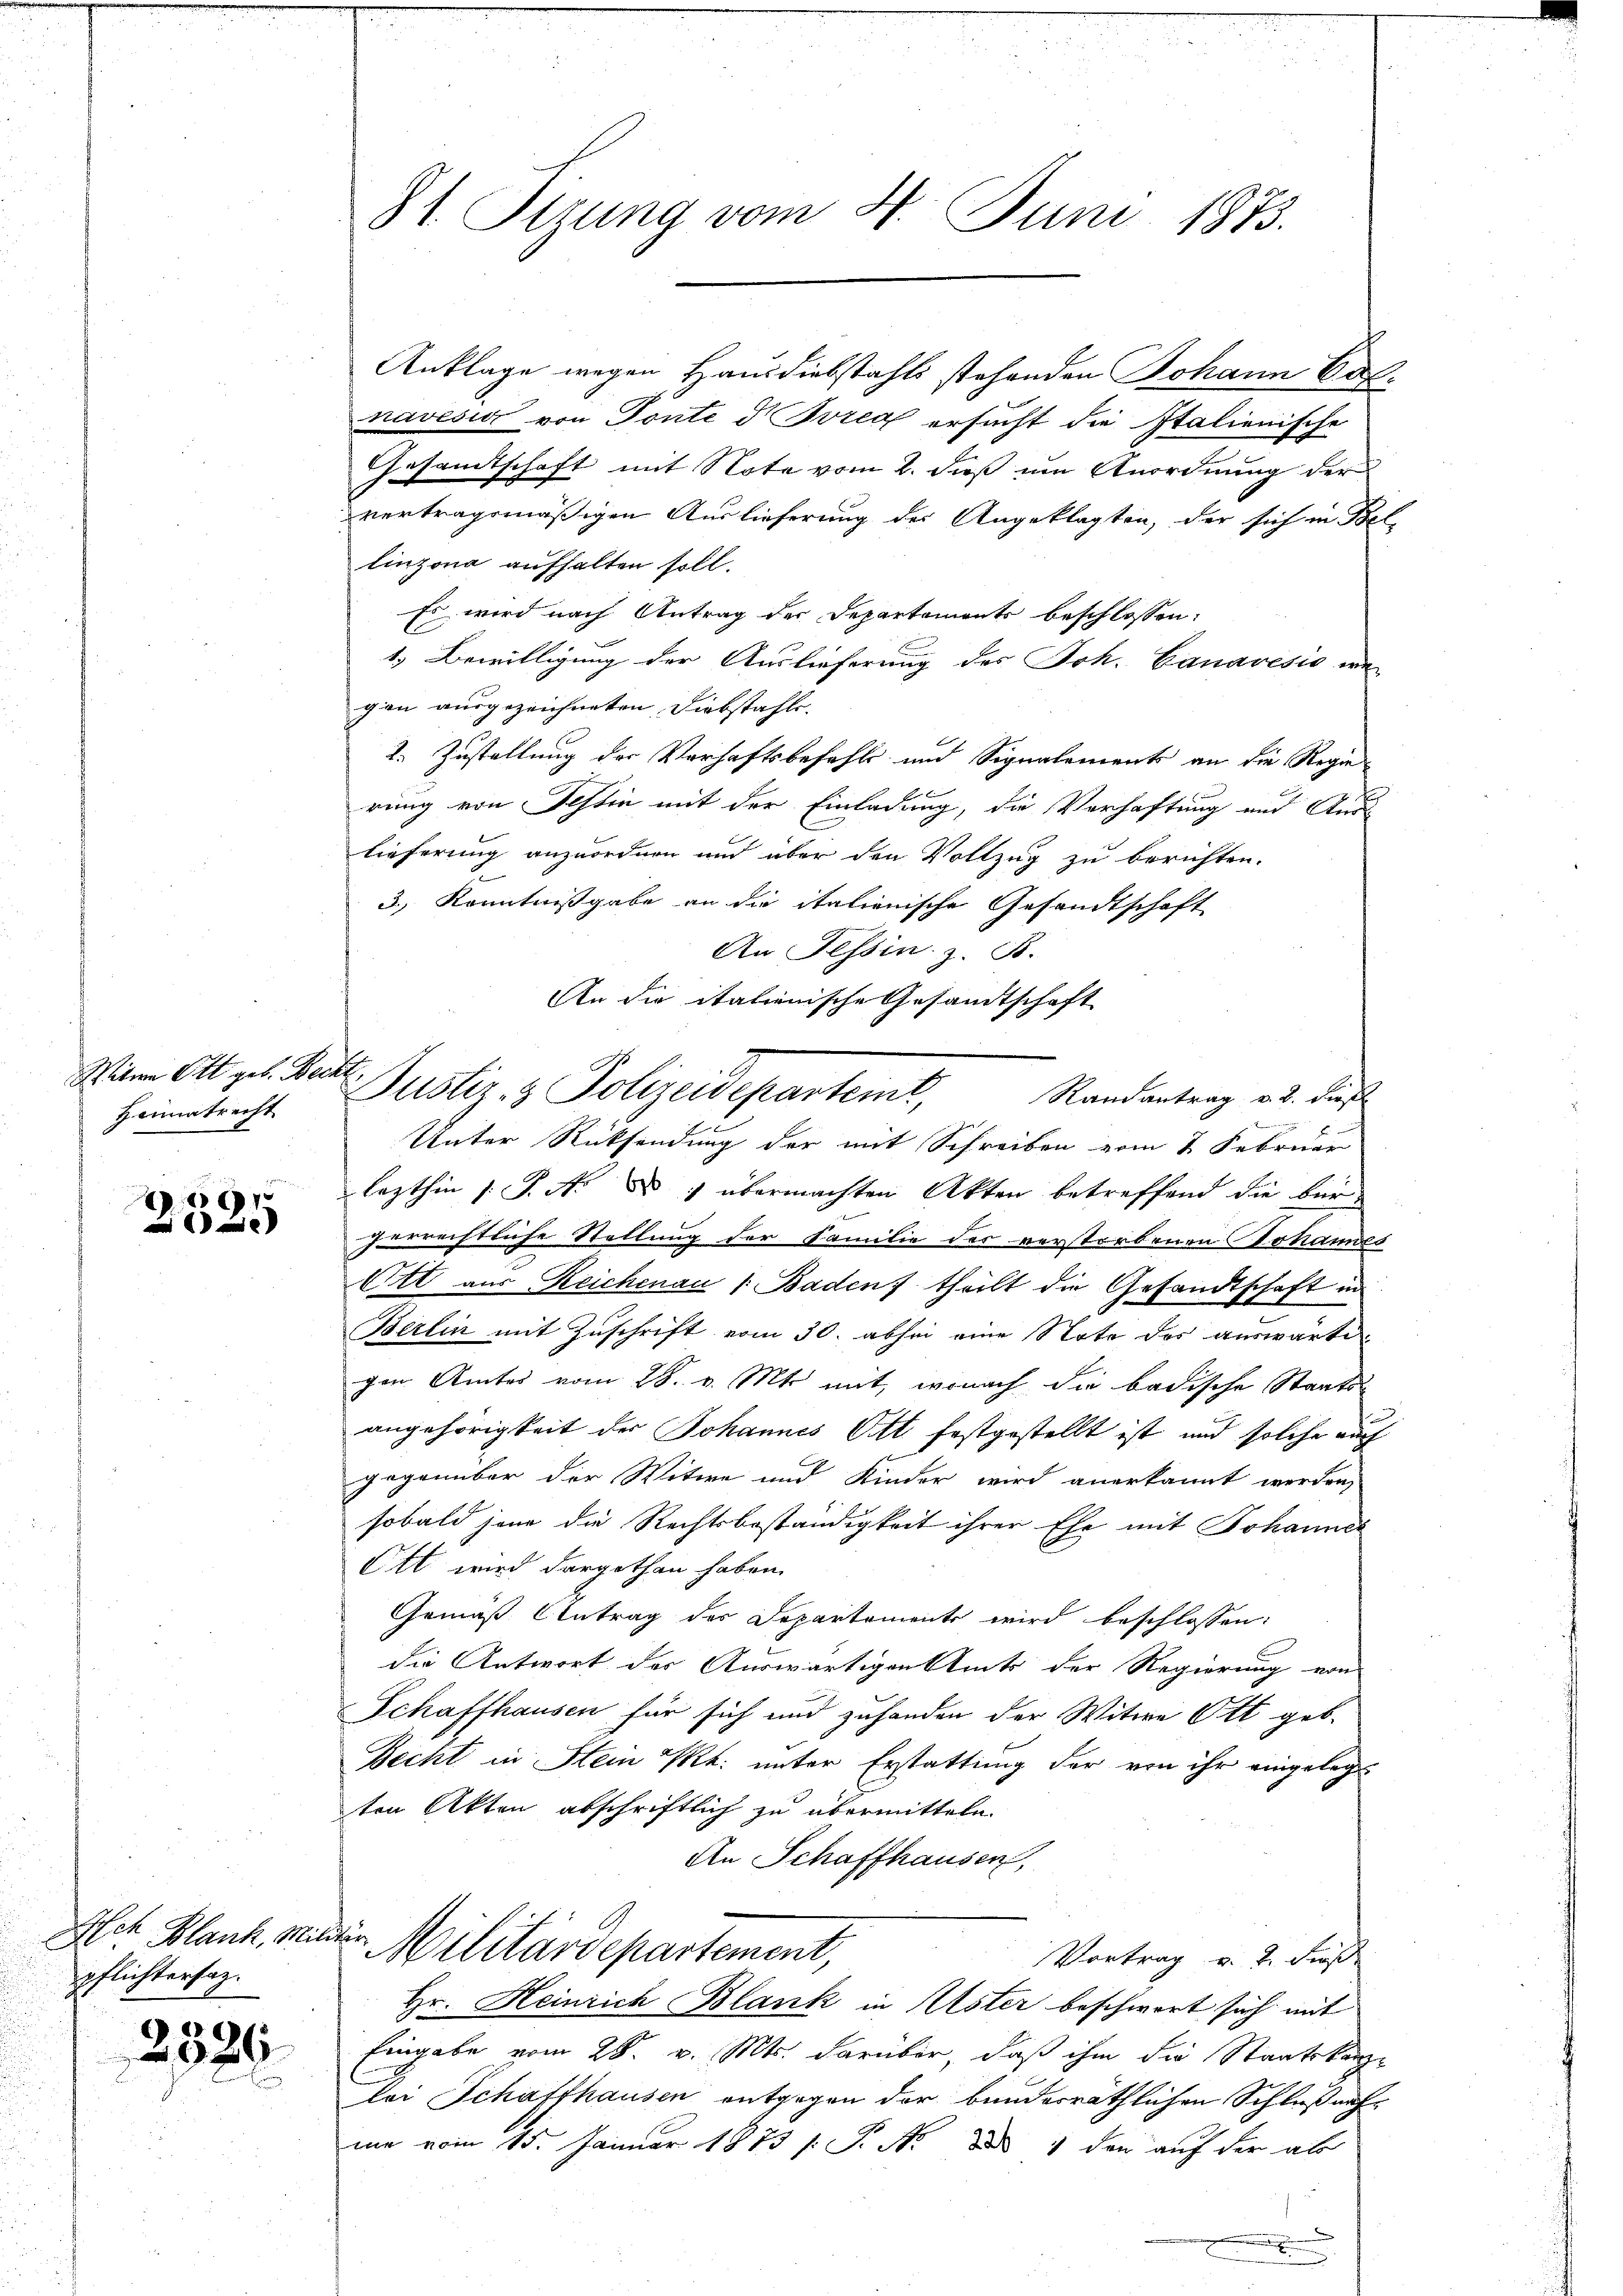
Witwe Ott geb. Becht,
Heimatrecht

69
e

Alch Blank, Mipflichtersaz.

2526.

81 Sizung vom 1. Juni 1873.

Anklage wegen Hausdiebstahls stehenden Johann Calnavési von Tonte Breg ersucht die Italienische
Gesandtschaft mit Note vom 2. dieß um Anordnung der
vertragsmäßigen Auslieferung des Angeklagten, der sich in Bel-
linzona aufhalten soll.
Es wird nach Antrag der Departements beschlossen:
1.) Bewilligung der Auslieferung des Joh. Canavisio we-
gen ausgezeichneten Diebstahle.
2. Zustellung der Verhaftsbefahls und Signalements an die Regie
rung von Tessin mit der Einladung, die Verhaftung und Aus
lieferung anzuordnen und über den Vollzug zu berichten.
3., Kenntnißgabe an die italienische Gesandtschaft
An Tessin, z. B.
An die italienische Gesandtschaft
Unter Rücksendung der mit Schreiben vom 2. Februar
lezthin 1. P. Nr. § 1 übermachten Akten betreffend die bür
zerrechtliche Stellung der Familie der verstorbenen Johannes
Ott aus Reichenau 1 Baden, theilt die Gesandtschaft in
Berlin mit Zuschrift vom 30. absei eine Note des auswarte
gen. Amtes vom 28. v. Mts. mit, wonach die badische Staats-
angehörigkeit der Johannes Ott festgestellt ist, und solche auch
gegenüber der Witwe und Kinder wird anerkannt werden,
sobald jene die Rechtsbeständigkeit ihrer Ehe mit Johannes
Ott wird dargethan haben.
Gemäß Antrag des Departements wird beschlossen:
die Antwort der Auswärtigenstets der Regierung von
Schaffhausen für sich und zuhanden der Witwe Ott geb.
Becht in Hein Pkt. unter Erstattung der von ihr eingelegt
ten Akten abschriftlich zu übermitteln.
An Schaffhausen,
 Militärdepartement,
Vortrag v. 2. Fuß
Hr. Heinrich Blank in Uster beschwort sich mit
Eingabe vom 28. v. Mts. darüber, daß ihm die Staatskanzlei Schaffhausen entgegen der bunderräthlichen Schlußnahme vom 15. Januar 1873 /: P. Nr. 4 den auf der ab

Justiz- & Polizeidepartemt, Standentrag u. daß